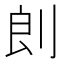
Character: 剆